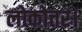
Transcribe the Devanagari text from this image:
लोकोत्तर।